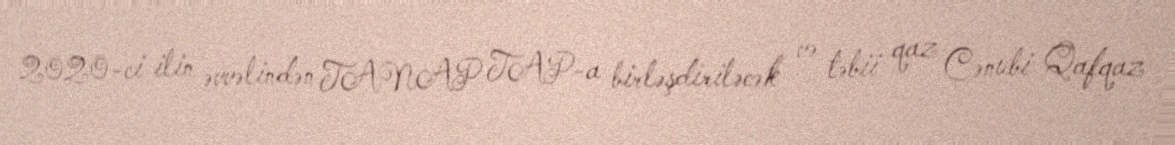
2020-ci ilin əvvəlindən TANAP TAP-a birləşdiriləcək və təbii qaz Cənubi Qafqaz